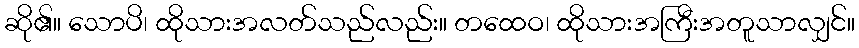
ဆို၏။ သောပိ၊ ထိုသားအလတ်သည်လည်း။ တထေဝ၊ ထိုသားအကြီးအတူသာလျှင်။